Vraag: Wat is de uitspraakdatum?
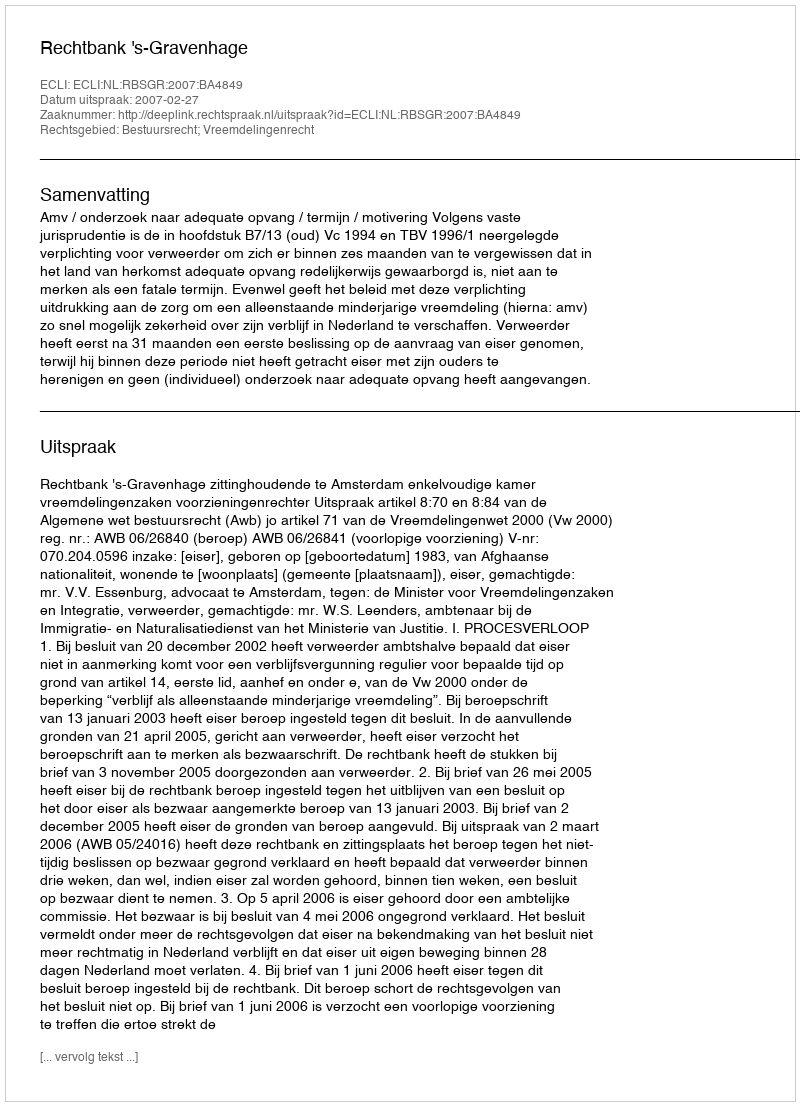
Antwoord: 2007-02-27